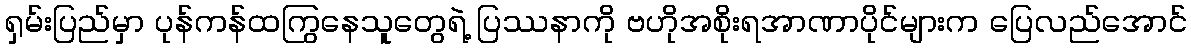
ရှမ်းပြည်မှာ ပုန်ကန်ထကြွနေသူတွေရဲ့ ပြဿနာကို ဗဟိုအစိုးရအာဏာပိုင်များက ပြေလည်အောင်